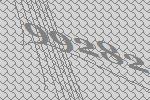
99282